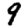
Digit: 9